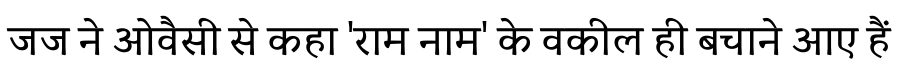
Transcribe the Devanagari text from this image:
जज ने ओवैसी से कहा 'राम नाम' के वकील ही बचाने आए हैं